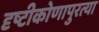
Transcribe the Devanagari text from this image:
दृष्टीकोणापुरत्या